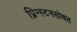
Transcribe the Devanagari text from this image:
प्रिन्स्टनसोबत